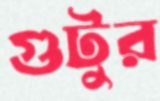
গুটুর